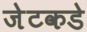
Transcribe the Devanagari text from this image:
जेटकडे